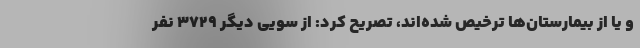
و یا از بیمارستان‌ها ترخیص شده‌اند، تصریح کرد: از سویی دیگر ۳۷۲۹ نفر